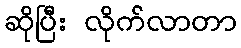
ဆိုပြီး လိုက်လာတာ